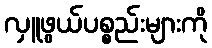
လှူဖွယ်ပစ္စည်းများကို